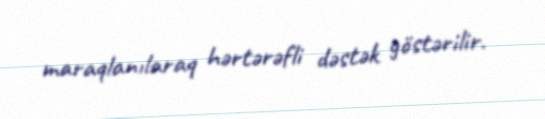
maraqlanılaraq hərtərəfli dəstək göstərilir.